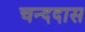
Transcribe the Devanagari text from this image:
चन्ददास